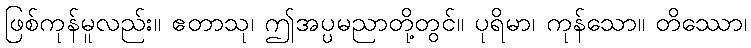
ဖြစ်ကုန်မူလည်း။ ဧတာသု၊ ဤအပ္ပမညာတို့တွင်။ ပုရိမာ၊ ကုန်သော။ တိဿော၊